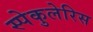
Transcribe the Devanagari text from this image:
स्पेकुलेरिस